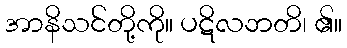
အာနိသင်တို့ကို။ ပဋိလဘတိ၊ ၏။